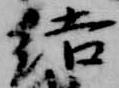
結